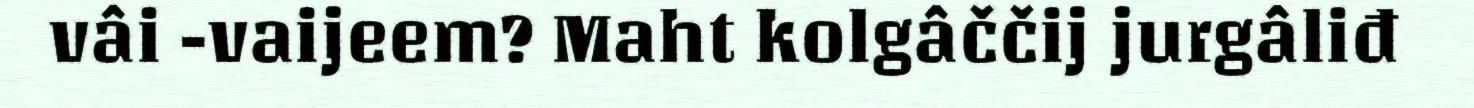
vâi -vaijeem? Maht kolgâččij jurgâliđ